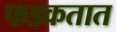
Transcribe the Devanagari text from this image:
फडकतात